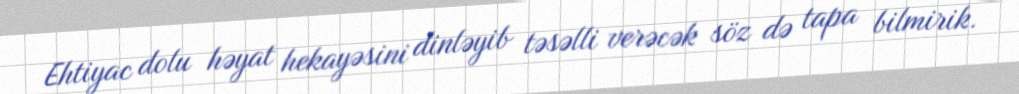
Ehtiyac dolu həyat hekayəsini dinləyib təsəlli verəcək söz də tapa bilmirik.